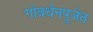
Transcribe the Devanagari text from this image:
गोवर्धनपूजेत